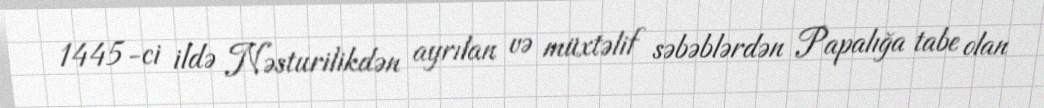
1445-ci ildə Nəsturilikdən ayrılan və müxtəlif səbəblərdən Papalığa tabe olan